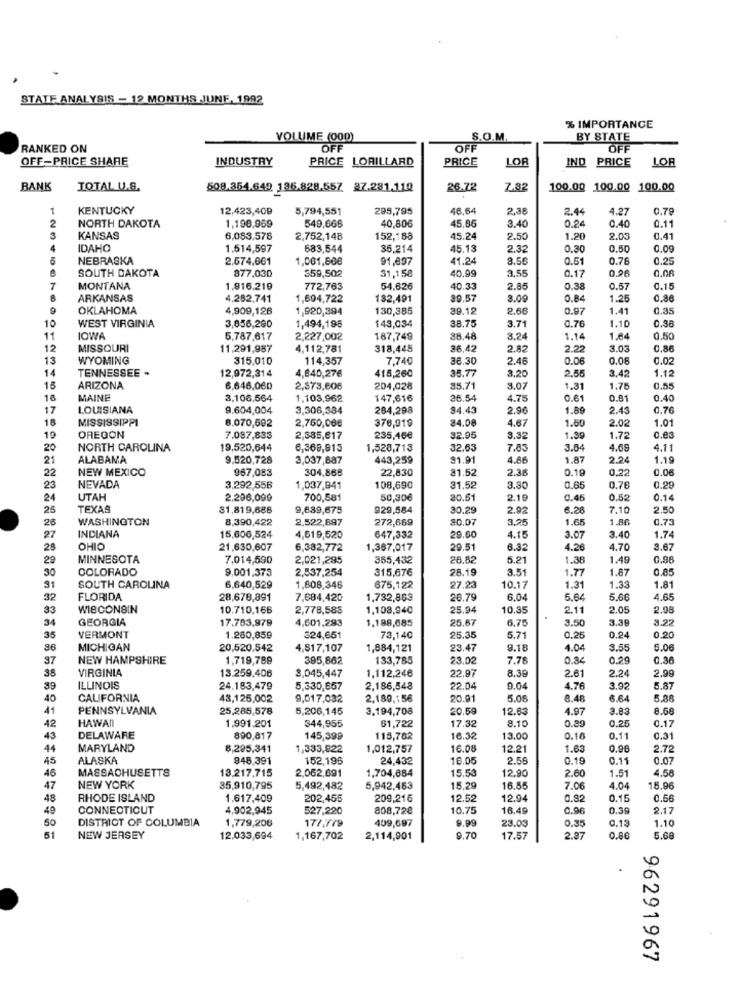
STATE ANALYSIS - 12 MONTHS JUNE, 1992
% IMPORTANCE
VOLUME (000)
S.O.M.
BY STATE
RANKED ON
OFF
OFF
OFF
OFF-PRICE SHARE
INDUSTRY
PRICE LORILLARD
PRICE
LOR
IND PRICE
LOR
BANK
TOTAL U.S.
508.354.649 135.828.557 37.281.110
26.72
7.82
100.00 100.00 100.00
KENTUCKY
12,423,409
5,794,551
295,795
46,64
2,38
2.44
4.27
0.79
1,198,969
549,666
45,85
3.40
0.24
0.40
0.11
NORTH DAKOTA
40,806
KANSAS
6,083,578
2,752,148
152,188
45.24
2.50
1.20
2.03
0.41
IDAHO
1.514,597
683,544
35,214
45.13
2.32
0.30
0.50
0,09
NEBRASKA
2.674,661
1,061,808
91,897
41.24
8.5
0.51
0.78
0.25
SOUTH DAKOTA
877,030
359,502
31,158
40,99
3,55
0.17
0.26
0.06
7
MONTANA
1.916.219
772,763
54,626
40.33
2.85
0.38
0.57
0.15
ARKANSAS
4.282,741
1,694,722
132,491
39.57
3.0
0.84
1.25
0,86
9
OKLAHOMA
4,909,126
1,920,394
130,385
39.12
2.68
0.97
1.41
0.35
10
3,856,290
143,034
38.75
0.76
1.10
0.88
WEST VIRGINIA
1,494,198
3.71
11
IOWA
5,787,617
2,227,002
187,749
38.48
3.2
1.14
1.84
0.50
12
MISSOURI
11.291,987
4.112,781
318,445
36.45
2.82
2.22
3.03
0.86
WYOMING
315,010
114,357
7,740
38.30
2.48
0.00
0.08
0.02
14
12345678901234
TENNESSEE -
12,972,314
4,840,276
1.12
415,260
35.77
3.20
2.5
3.42
15
ARIZONA
6,646,060
2,373,606
204,028
35.7
3.07
1.31
1.75
0.55
16
MAINE
3.106.564
1.103,962
147,616
35.54
4.75
0.61
0.81
0.40
17
LOUISIANA
9.604,004
3,306,384
284,298
94.43
2.96
1.89
2.43
0.70
18
MISSISSIPPI
8.070,602
376,019
84.08
4.67
1.50
2.02
1.01
2,760,06€
19
OREGON
7.087,833
2,385,617
235,46€
32.95
3.32
1.39
1.72
0.03
20
NORTH CAROLINA
19,520,644
6,569,815
1,528,713
32.63
7.83
3.84
4.68
4.11
21
ALABAMA
9.520,728
3,037,887
443,259
91.91
4.86
1.87
2.24
1.19
NEW MEXICO
967,083
304,868
22,830
31.52
2.38
0.19
0,22
0.06
22
23
NEVADA
3.292,556
1.037,941
108,690
31.5₽
3.80
0.65
0.76
0.29
24
UTAH
2,296,099
700,581
50,30€
20.61
2.1
0.45
0.52
0.14
25
TEXAS
81,819,688
9,689,675
929,584
30.29
2.92
6.26
7.10
2.50
26
WASHINGTON
8,390,422
2,522,897
272,669
80.07
3,25
1.65
1.86
0.73
INDIANA
1.74
27
15,606,524
4,519,520
647,332
29.60
4.15
3.07
3.40
28
OHIO
21,630,607
6,382,772
1,367,017
29.51
6.32
4.26
4.70
3.67
29
MINNESOTA
7,014,590
2,021,295
355,432
28.82
5.21
1.36
1.49
0.98
30
COLORADO
9.001,373
2,537,254
315,676
28.19
1.77
1.87
0.85
1.81
31
SOUTH CAROLINA
6,640,529
1,608,346
675,122
27.23
10.17
1.31
1.33
32
FLORIDA
28,678,891
7,684,420
1,732,863
26.79
6.04
5.64
5.66
4.65
33
WISCONSIN
10.710,166
2,778,585
1,108,940
25.94
10.35
2.11
2.05
2.98
34
GEORGIA
17.703,979
4,601,293
1.188,68
25.67
6.75
3.50
3.39
3.22
35
VERMONT
1.280,859
324,651
73,140
25.35
5.71
0.25
0.24
0.20
36
MICHIGAN
20,520,542
4,817,107
1,884,121
23.47
9.18
4.04
3.55
5.0€
37
NEW HAMPSHIRE
1,719,789
395,862
133,785
23,02
7.78
0.34
0.29
0.36
38
VIRGINIA
13.259,406
22.97
8.36
2.61
2.24
2.99
3,045,447
1,112,246
39
ILLINOIS
24.183,479
5.330,857
2,186,548
22.04
9.04
4.76
3.92
5.8
40
CALIFORNIA
43,125,002
9,017,032
2,189,156
20.91
5.0€
8.46
6.64
5.88
41
PENNSYLVANIA
25,285,578
5,206,145
3,194,708
20.59
12.63
4.97
3.83
8.68
HAWAII
1.991,201
17.32
8.10
0.25
0.17
42
344,955
61,722
43
DELAWARE
890,817
145,399
115,782
16.32
13.00
0.16
0.11
0.31
44
MARYLAND
8,295,341
1,333,822
1,012,757
16.08
12.21
1.63
0.96
2.72
45
ALASKA
945,391
152,196
24,432
16.06
2.56
0.19
0.11
0.07
MASSACHUSETTS
13,217,715
2,062,691
1,704,684
15.53
12.90
2.60
1.51
4.58
46
47
NEW YORK
35,910,795
5,492,482
5,942,463
15.29
16.55
7.06
4.04
15.96
48
RHODE ISLAND
1.617,409
202,455
209,216
12.52
12.94
0.92
0.15
0.56
49
CONNECTICUT
4,902,945
527,220
808,72€
10.75
16.49
0.96
0.39
9.17
DISTRICT OF COLUMBIA
1,779,208
177.779
409,697
9.99
23.03
0.35
0.13
1.10
50
51
NEW JERSEY
12.033,694
1,167,702
2,114,901
9.70
17.57
2.27
0.86
5.68
96291967